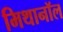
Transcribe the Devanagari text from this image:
मिथानॉल